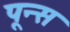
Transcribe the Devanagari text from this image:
पून्स